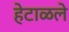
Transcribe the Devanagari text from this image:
हेटाळले